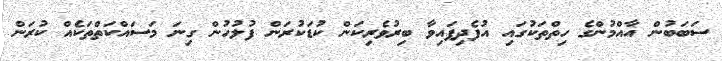
ސަބަބުން އާއްމުންގެ ހިތްތަކުގައި އުފެދިފައިވާ ބިރުވެރިކަން ކުޑަކުރަން ފުލުހުން ގިނަ މަސައްކަތްތަކެއް ކުރަން